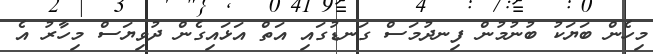
މިހެން ބަޔަކު ބުނުމުން ފިނދުމަސް ގަނޑުގައި އަތް އަޅައިގެން ދުވިޔަސް މިހާރު އެ